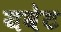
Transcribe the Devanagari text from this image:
यवेट